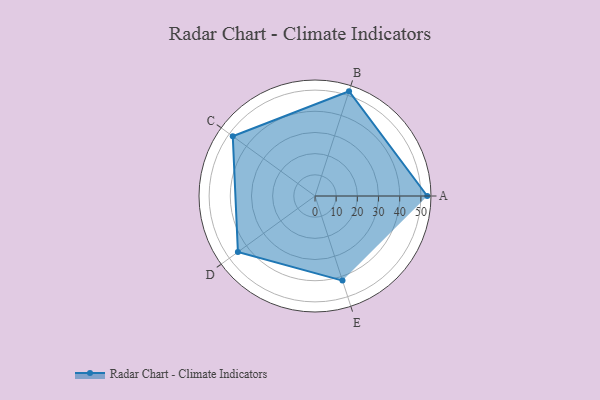
{"axis": {"x": "Skill", "y": "Score"}, "legend": ["Profile"], "data": [{"x": "A", "y": 53.0, "type": "Profile"}, {"x": "B", "y": 52.0, "type": "Profile"}, {"x": "C", "y": 48.0, "type": "Profile"}, {"x": "D", "y": 45.0, "type": "Profile"}, {"x": "E", "y": 42.0, "type": "Profile"}]}